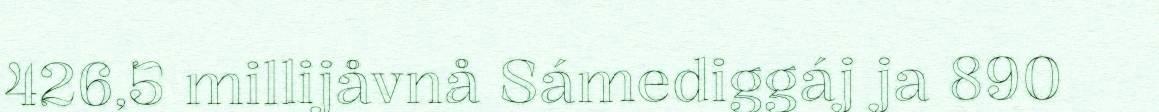
426,5 millijåvnå Sámediggáj ja 890